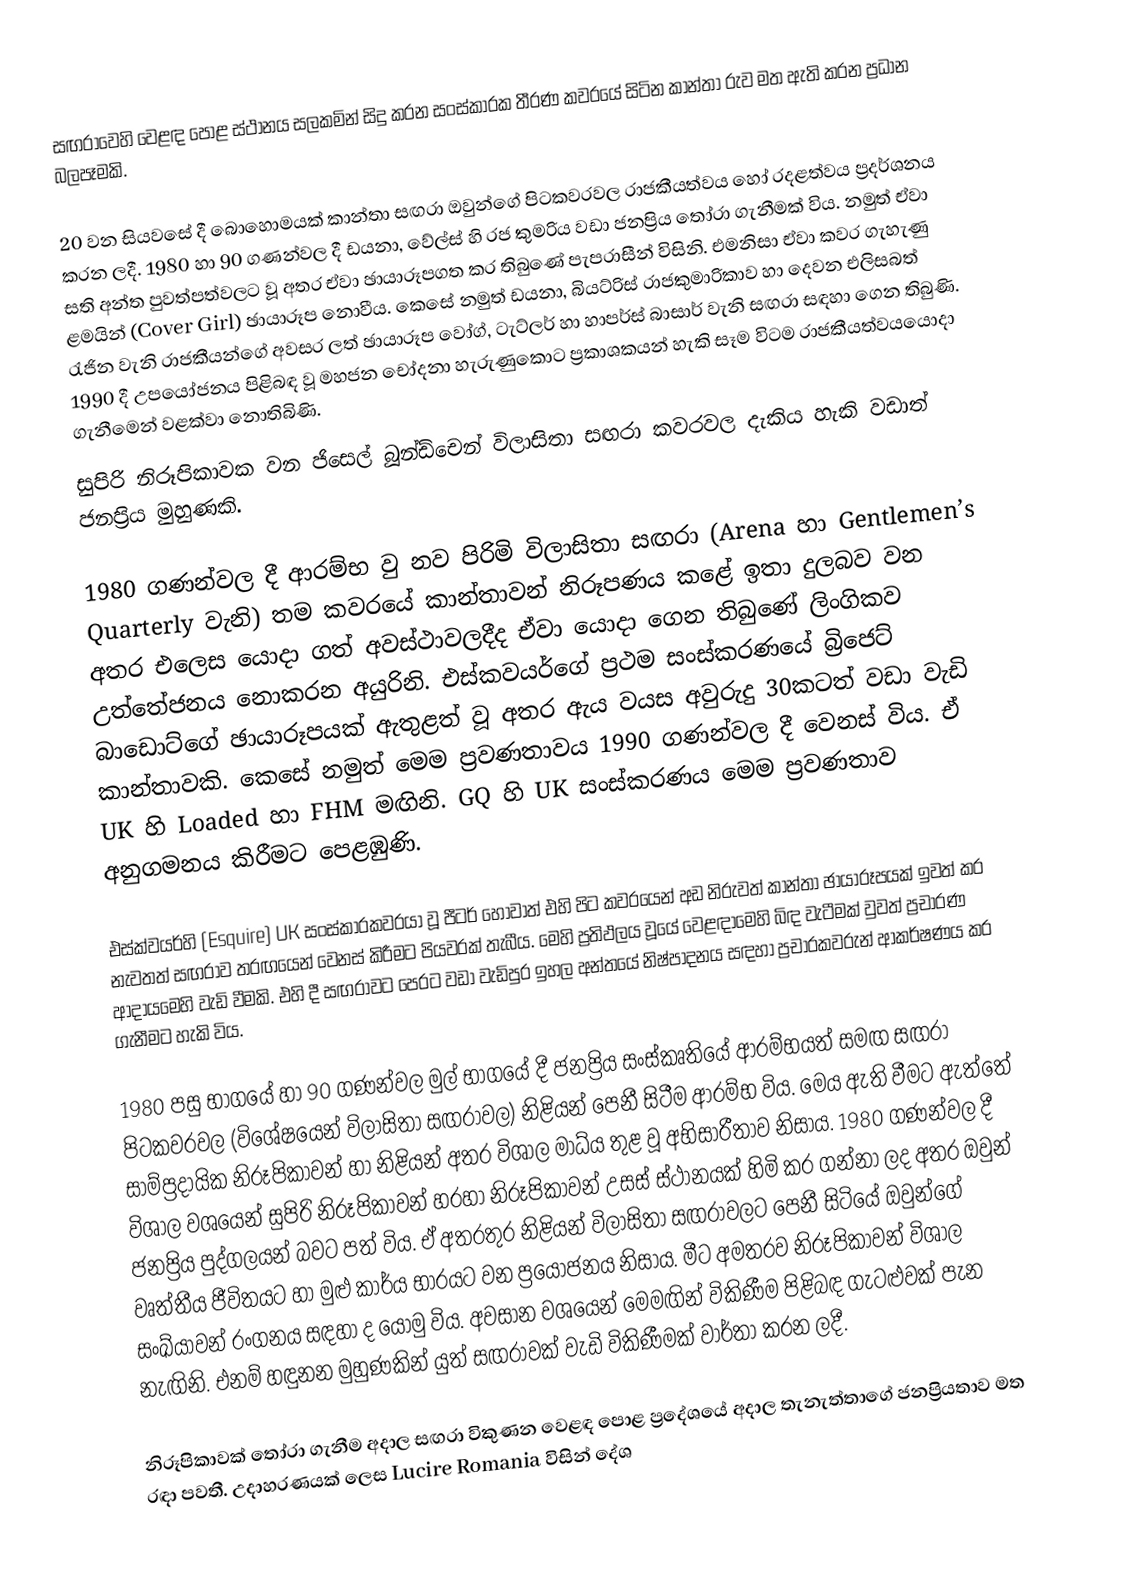
සඟරාවෙහි වෙළඳ පොළ ස්ථානය සලකමින් සිදු කරන සංස්කාරක තීරණ කවරයේ සිටින කාන්තා රුව මත ඇති කරන ප්‍රධාන බලපෑමකි.

20 වන සියවසේ දී බොහොමයක් කාන්තා සඟරා ඔවුන්ගේ පිටකවරවල රාජකීයත්වය හෝ රදළත්වය ප්‍රදර්ශනය කරන ලදී. 1980 හා 90 ගණන්වල දී ඩයනා, වේල්ස් හි රජ කුමරිය වඩා ජනප්‍රිය තෝරා ගැනීමක් විය. නමුත් ඒවා සති අන්ත පුවත්පත්වලට වූ අතර ඒවා ඡායාරූපගත කර තිබුණේ පැපරාසීන් විසිනි. එමනිසා ඒවා කවර ගැහැණු ළමයින් (Cover Girl) ඡායාරූප නොවීය. කෙසේ නමුත් ඩයනා, බියට්රිස් රාජකුමාරිකාව හා දෙවන එලිසබත් රැජින වැනි රාජකීයන්ගේ අවසර ලත් ඡායාරූප වෝග්, ටැට්ලර් හා හාපර්ස් බාසාර් වැනි සඟරා සඳහා ගෙන තිබුණි. 1990 දී උපයෝජනය පිළිබඳ වූ මහජන චෝදනා හැරුණුකොට ප්‍රකාශකයන් හැකි සෑම විටම රාජකීයත්වයයොදා ගැනීමෙන් වළක්වා නොතිබිණි.
සුපිරි නිරූපිකාවක වන ජිසෙල් බූන්ඩ්චෙන් විලාසිතා සඟරා කවරවල දැකිය හැකි වඩාත් ජනප්‍රිය මුහුණකි.

1980 ගණන්වල දී ආරම්භ වු නව පිරිමි විලාසිතා සඟරා (Arena හා Gentlemen’s Quarterly වැනි) තම කවරයේ කාන්තාවන් නිරූපණය කළේ ඉතා දුලබව වන අතර එලෙස යොදා ගත් අවස්ථාවලදීද ඒවා යොදා ගෙන තිබුණේ ලිංගිකව උත්තේජනය නොකරන අයුරිනි. එස්කවයර්ගේ ප්‍රථම සංස්කරණයේ බ්‍රිජෙට් බාඩොට්ගේ ඡායාරූපයක් ඇතුළත් වූ අතර ඇය වයස අවුරුදු 30කටත් වඩා වැඩි කාන්තාවකි. කෙසේ නමුත් මෙම ප්‍රවණතාවය 1990 ගණන්වල දී වෙනස් විය. ඒ UK හි Loaded හා FHM මඟිනි. GQ හි UK සංස්කරණය මෙම ප්‍රවණතාව අනුගමනය කිරීමට පෙළඹුණි.

එස්ක්වයර්හි (Esquire) UK සංස්කාරකවරයා වූ පීටර් හොවාත් එහි පිට කවරයෙන් අඩ නිරුවත් කාන්තා ඡායාරූපයක් ඉවත් කර නැවතත් සඟරාව තරඟයෙන් වෙනස් කිරීමට පියවරක් තැබීය. මෙහි ප්‍රතිඵලය වූයේ වෙළඳාමෙහි බිඳ වැටීමක් වුවත් ප්‍රචාරණ ආදායමෙහි වැඩි වීමකි. එහි දී සඟරාවට පෙරට වඩා වැඩිපුර ඉහල අන්තයේ නිෂ්පාදනය සඳහා ප්‍රචාරකවරුන් ආකර්ෂණය කර ගැනීමට හැකි විය.

1980 පසු භාගයේ හා 90 ගණන්වල මුල් භාගයේ දී ජනප්‍රිය සංස්කෘතියේ ආරම්භයත් සමඟ සඟරා පිටකවරවල (විශේෂයෙන් විලාසිතා සඟරාවල) නිළියන් පෙනී සිටීම ආරම්භ විය. මෙය ඇති වීමට ඇත්තේ සාම්ප්‍රදායික නිරූපිකාවන් හා නිළියන් අතර විශාල මාධ්ය තුළ වූ අභිසාරීතාව නිසාය. 1980 ගණන්වල දී විශාල වශයෙන් සුපිරි නිරූපිකාවන් හරහා නිරූපිකාවන් උසස් ස්ථානයක් හිමි කර ගන්නා ලද අතර ඔවුන් ජනප්‍රිය පුද්ගලයන් බවට පත් විය. ඒ අතරතුර නිළියන් විලාසිතා සඟරාවලට පෙනී සිටියේ ඔවුන්ගේ වෘත්තීය ජීවිතයට හා මුළු කාර්ය භාරයට වන ප්‍රයෝජනය නිසාය. මීට අමතරව නිරූපිකාවන් විශාල සංඛ්යාවන් රංගනය සඳහා ද යොමු විය. අවසාන වශයෙන් මෙමඟින් විකිණීම පිළිබඳ ගැටළුවක් පැන නැඟිනි. එනම් හඳුනන මුහුණකින් යුත් සඟරාවක් වැඩි විකිණීමක් වාර්තා කරන ලදී.

නිරූපිකාවක් තෝරා ගැනීම අදාල සඟරා විකුණන වෙළඳ පොළ ප්‍රදේශයේ අදාල තැනැත්තාගේ ජනප්‍රියතාව මත රඳා පවතී. උදාහරණයක් ලෙස Lucire Romania විසින් දේශ